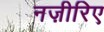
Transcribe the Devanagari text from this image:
नज़ीरिए